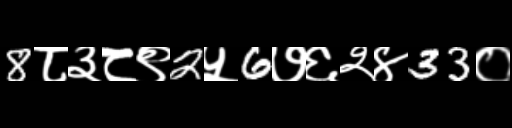
Text: 8८३८९2५6७६२४33०